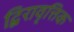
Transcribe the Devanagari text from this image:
द्विरावृत्तिक